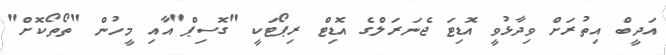
އަދީބް އިތުރަށް ވިދާޅުވީ އޮޑިޓަ ޖެނަރަލްގެ އޮޑިޓް ރިޕޯޓަކީ "ގޮސިޕް"އާއި މީހުން "ތޯތޯކޮށް"